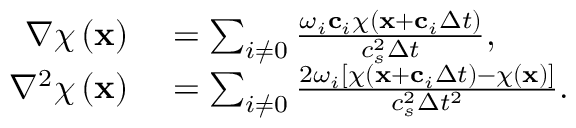
\begin{array} { r l } { \nabla \chi \left( \mathbf { x } \right) } & { { } = \sum _ { i \neq 0 } \frac { \omega _ { i } \mathbf { c } _ { i } \chi \left( \mathbf { x } + \mathbf { c } _ { i } \Delta t \right) } { c _ { s } ^ { 2 } \Delta t } , } \\ { \nabla ^ { 2 } \chi \left( \mathbf { x } \right) } & { { } = \sum _ { i \neq 0 } \frac { 2 \omega _ { i } \left[ \chi \left( \mathbf { x } + \mathbf { c } _ { i } \Delta t \right) - \chi \left( \mathbf { x } \right) \right] } { c _ { s } ^ { 2 } \Delta t ^ { 2 } } . } \end{array}